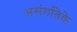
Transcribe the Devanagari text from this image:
असंगतिके